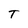
Character: T